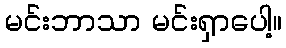
မင်းဘာသာ မင်းရှာပေါ့။